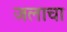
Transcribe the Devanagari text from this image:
जलाचा